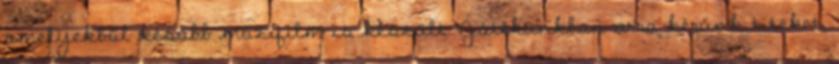
amelyekből később mozifilm is készült. Játékunkban arra kérünk titeket,